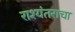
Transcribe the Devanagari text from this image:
राश्यंतराचा